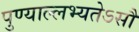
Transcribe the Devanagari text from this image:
पुण्याल्लभ्यतेऽसौ